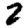
Digit: 2